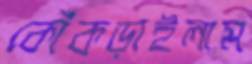
কোঁকড়াইলাম